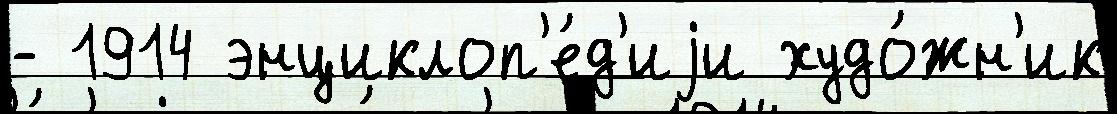
- 1914 энциклоп'е́д'иjи худо́жн'ик